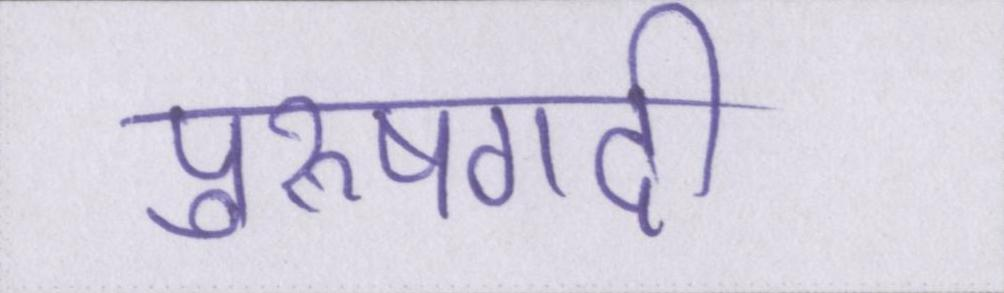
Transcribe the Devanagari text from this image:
पुरूषगर्दी